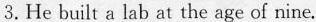
3.He built a lab at the age of nine.